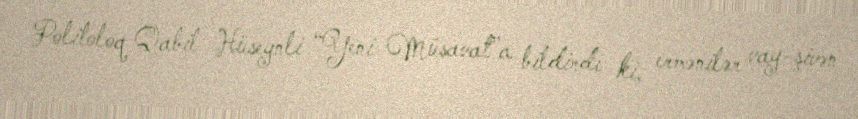
Politoloq Qabil Hüseynli “Yeni Müsavat”a bildirdi ki, ermənilər vay-şivən